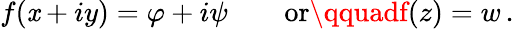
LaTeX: f(\mathit{x}+iy)=\varphi+i\psi\qquad{\mathrm{{or}}}\qquadf(z)=w\, .